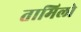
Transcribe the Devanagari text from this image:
तामिलो